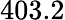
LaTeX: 403.2